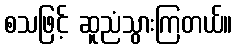
စသဖြင့် ဆူညံသွားကြတယ်။